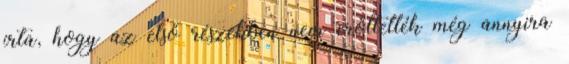
írta, hogy az első részekben nem erőltették még annyira